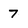
Character: 7